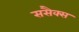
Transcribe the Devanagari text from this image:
ससैक्स